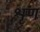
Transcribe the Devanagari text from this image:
श्रृण